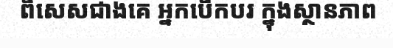
ពិសេសជាងគេ អ្នកបើកបរ ក្នុងស្ថានភាព